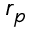
r _ { p }